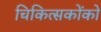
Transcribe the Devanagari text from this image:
चिकित्सकोंको